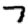
Digit: 7